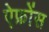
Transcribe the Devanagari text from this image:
ऐफ्रोंस